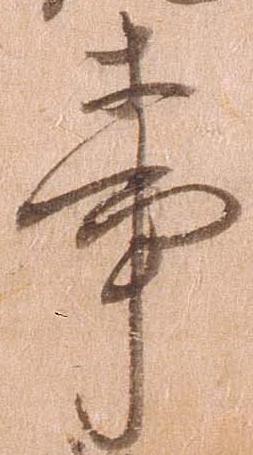
事